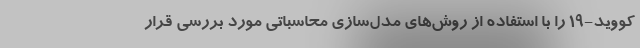
کووید-۱۹ را با استفاده از روش‌های مدل‌سازی محاسباتی مورد بررسی قرار